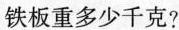
铁板重多少千克?